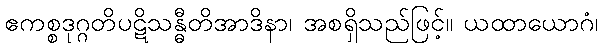
ဧကစ္စဒုဂ္ဂတိပဋိသန္ဓီတိအာဒိနာ၊ အစရှိသည်ဖြင့်။ ယထာယောဂံ၊